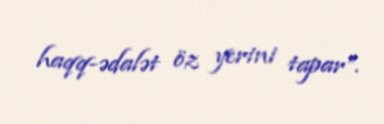
haqq-ədalət öz yerini tapar”.